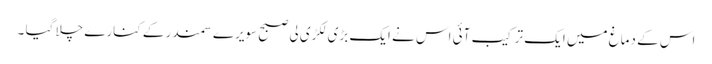
اس کے دماغ میں ایک ترکیب آئی اس نے ایک بڑی لکڑی لی صبح سویرے سمندر کے کنارے چلا گیا ۔